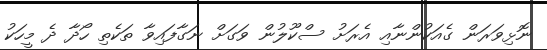
ނޮޅިވަރަން ގެއަކުންނާއި އެރަށު ސްކޫލުން ވަގަށް ނަގާފައިވާ ތަކެތި ހޯދާ ދެ މީހަކު